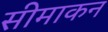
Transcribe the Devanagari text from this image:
सीमाकन